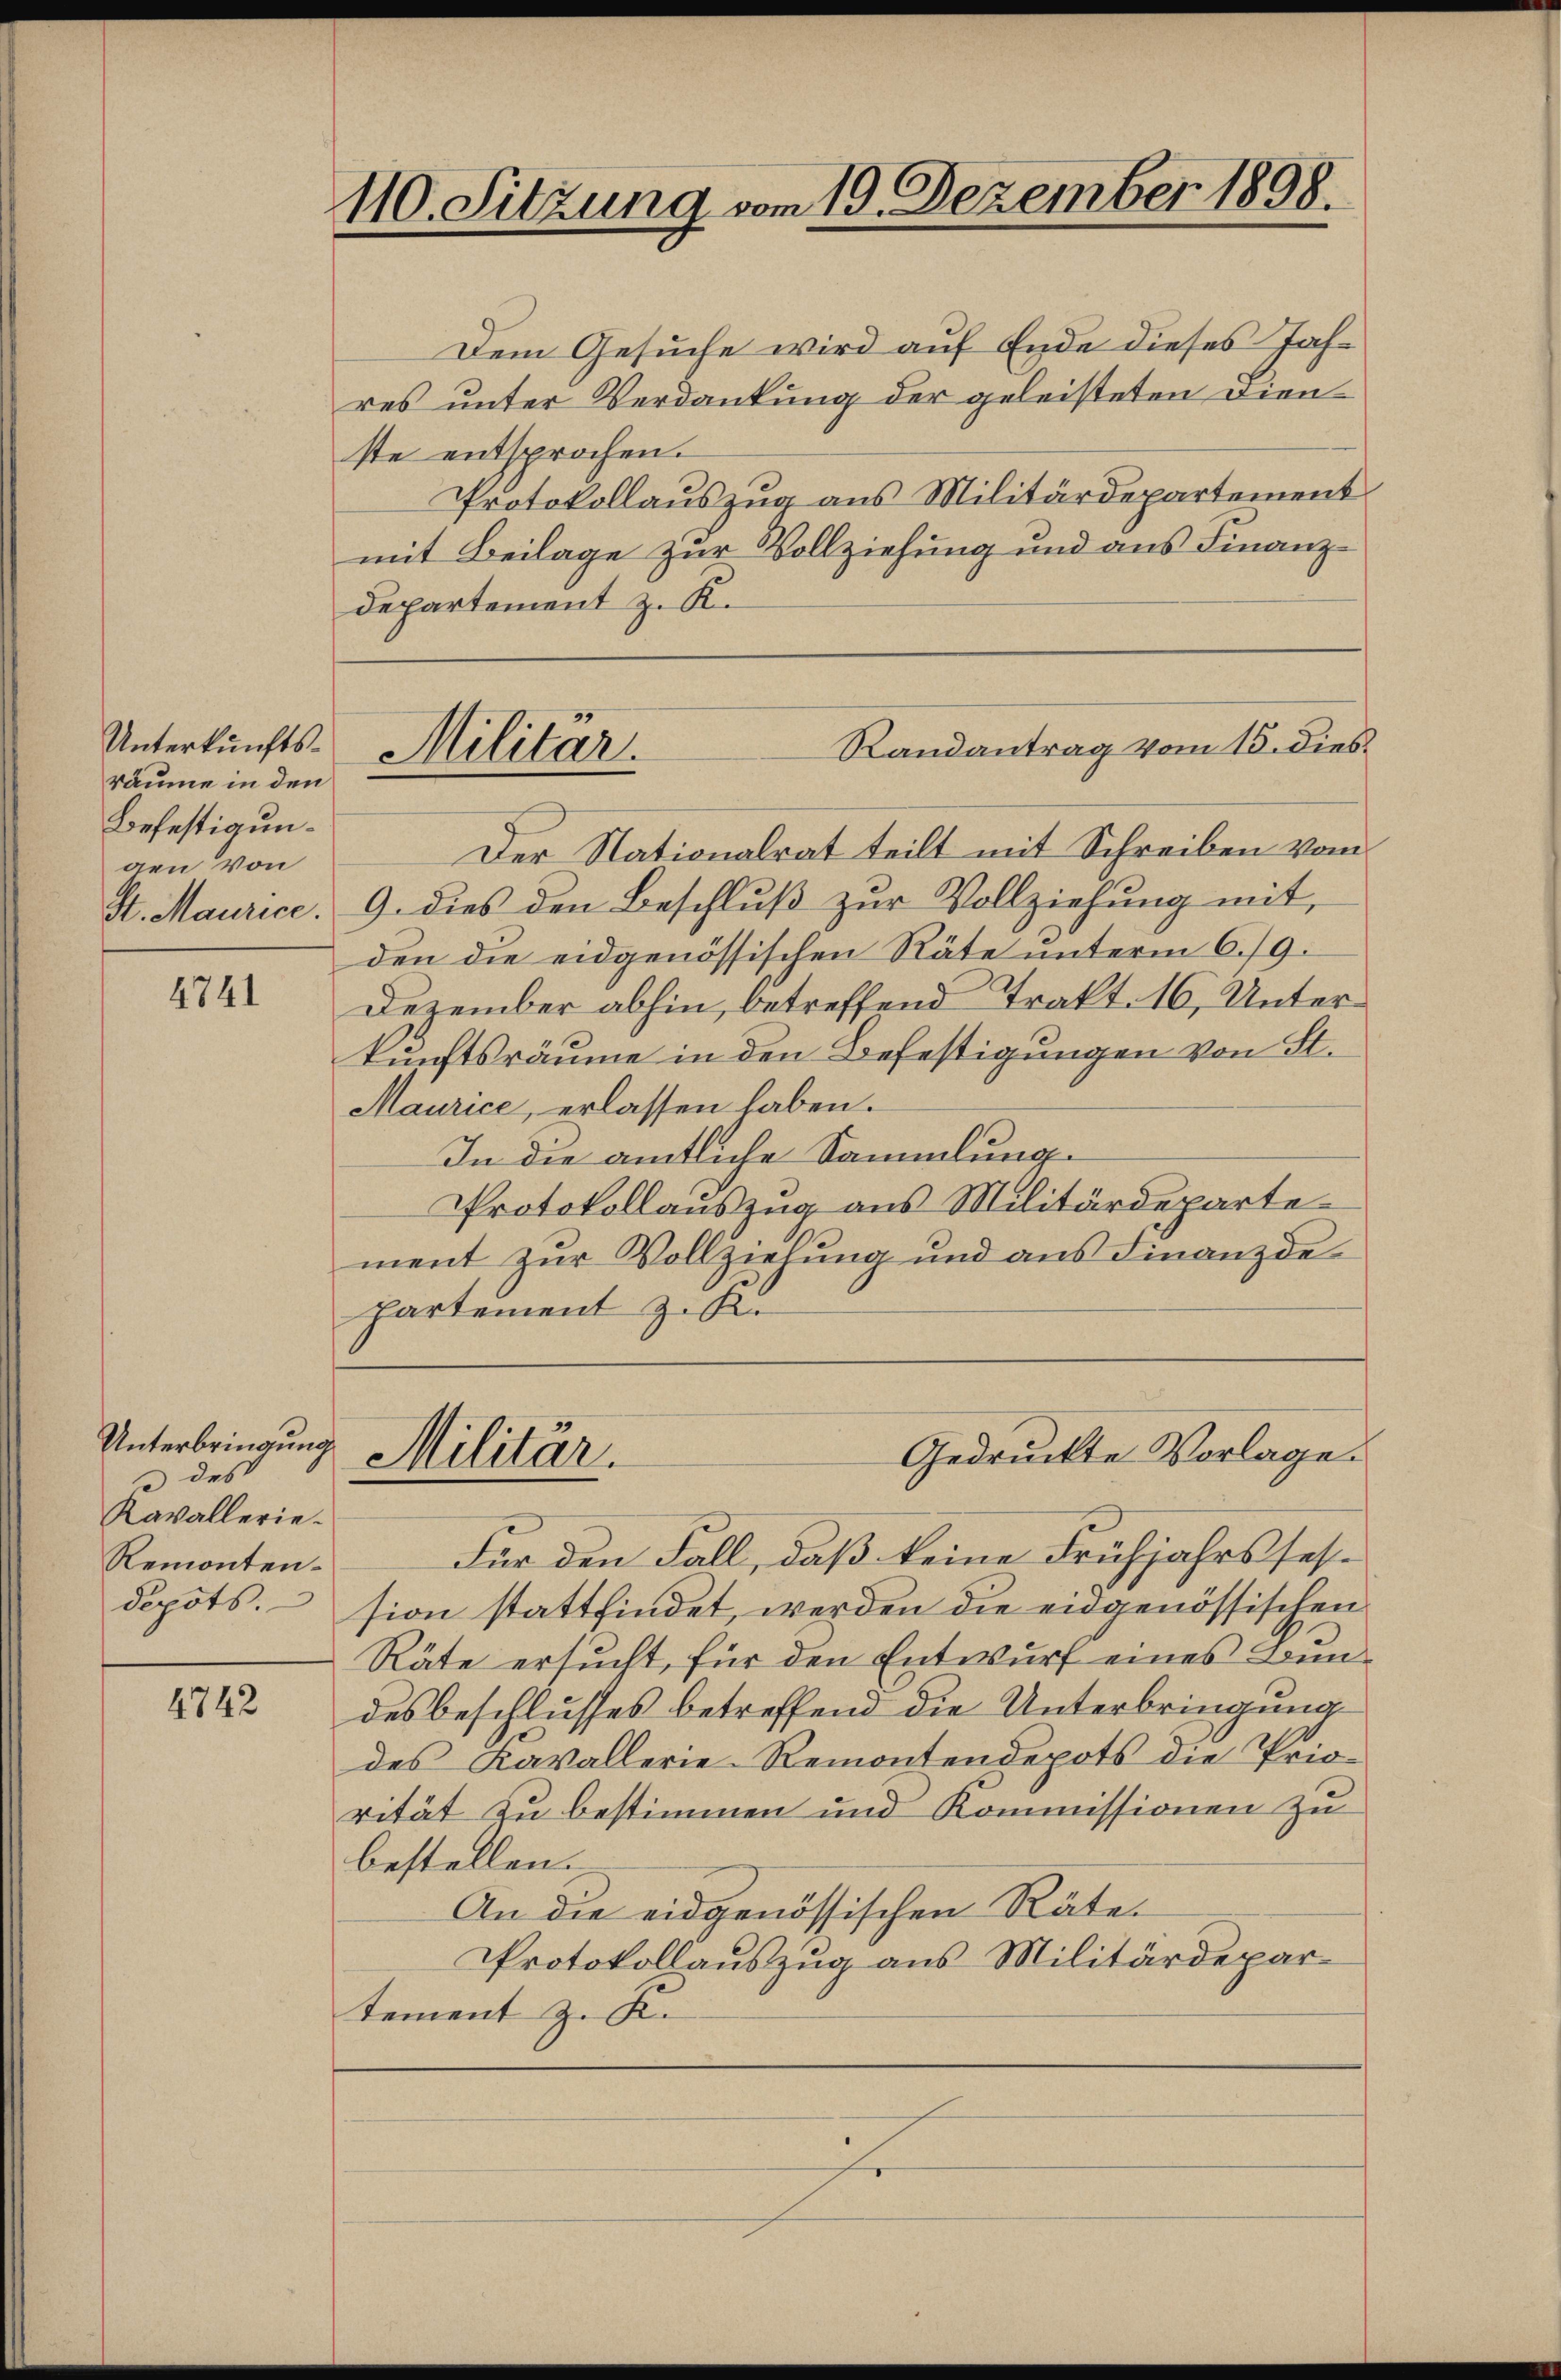
Unterkunftsräume in den
Befestigungen von

4741

Unterbringung
 des
Kavallerie¬
Remontendepots.

4742

110. Sitzung vom 19. Dezember 1898.

Dem Gesuche wird auf Ende dieses Jahres unter Verdankung der geleisteten Dienste entsprochen.
Protokollauszug aus Militärdepartement
mit Beilage zur Vollziehung und aus Finanzdepartement z. K.

Für den Fall, daß keine Frühjahrsfession stattfindet, werden die eidgenössischen
Räte ersucht, für den Entwurf eines Bundesbeschlusses betreffend die Unterbringung
des Kavallerie-Remontendepots die Priorität zu bestimmen und Kommissionen zu
bestellen.
An die eidgenössischen Räte.
Protokollauszug aus Militärdepartement z. K.

Der Nationalrat teilt mit Schreiben vom
St. Maurice. 9. dies den Beschlŭβ zŭr Vollziehŭng mit
den die eidgenössischen Räte unterm 6./9.
Dezember abhin, betreffend Trakt. 16, Unterkunftsräume in den Befestigungen von St.
Maurice, erlassen haben.
In die amtliche Sammlung
Protokollauszug aus Militärdeparte
ment zur Vollzielung und aus Finanzde¬
Partement z. K.

Randantrag vom 15. dies
Militar

Militär.

Gedruckte Vorlage.